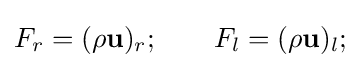
F_{r}=(\rho \mathbf {u} )_{r};\qquad F_{l}=(\rho \mathbf {u} )_{l};